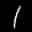
Label: 1